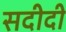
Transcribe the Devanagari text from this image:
सदीदी